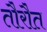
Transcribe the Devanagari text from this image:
तौरौत